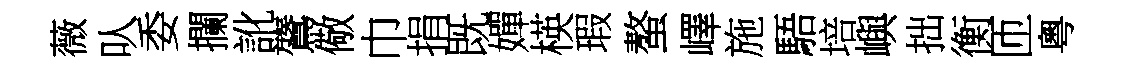
薇㕥委攔訛鷟儆巾捐既嬋楧瑕螯嶧施䮏培嶼拙衡匝粵